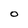
Character: o